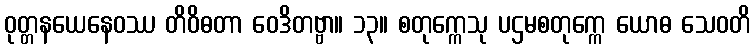
ဝုတ္တနယေနေဝဿ တိဝိဓတာ ဝေဒိတဗ္ဗာ။ ၁၃။ စတုက္ကေသု ပဌမစတုက္ကေ ယောဓ သေဝတိ